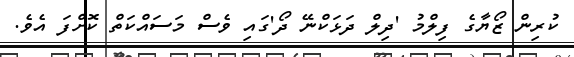
ކުރިން ޒޯޔާގެ ފިލްމު 'ދިލް ދަޅަކްނޭ ދޯ'ގައި ވެސް މަސައްކަތް ކޮށްފަ އެވެ.